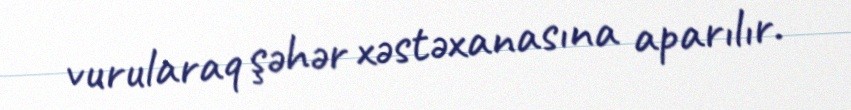
vurularaq şəhər xəstəxanasına aparılır.